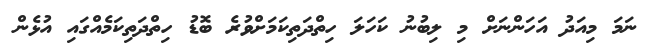
ނަމަ މިއަދު އަހަންނަށް މި ލިބުނު ކަހަލަ ހިތްދަތިކަމަށްވުރެ ބޮޑު ހިތްދަތިކަމެއްގައި އުޅެން